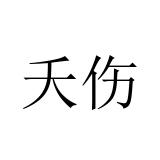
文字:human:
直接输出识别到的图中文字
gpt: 夭伤